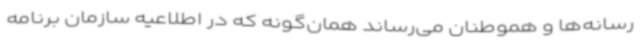
رسانه‌ها و هموطنان می‌رساند همان‌گونه که در اطلاعیه سازمان برنامه